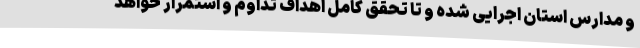
و مدارس استان اجرایی شده و تا تحقق کامل اهداف تداوم و استمرار خواهد